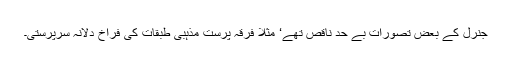
جنرل کے بعض تصّورات بے حد ناقص تھے‘ مثلاً فرقہ پرست مذہبی طبقات کی فراخ دلانہ سرپرستی۔